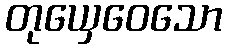
တုယှေဝေသော